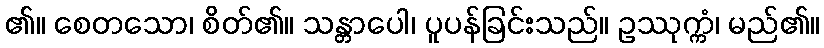
၏။ စေတသော၊ စိတ်၏။ သန္တာပေါ၊ ပူပန်ခြင်းသည်။ ဥဿုက္ကံ၊ မည်၏။